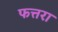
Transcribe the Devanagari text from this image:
फत्तरा